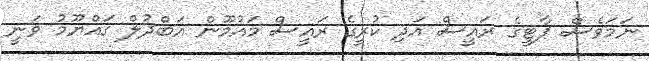
ނަމަވެސް ޕާޓީގެ ރައީސް އަދި ކުރީގެ ރައީސް މައުމޫން އަބްދުލް ގައްޔޫމު ވަނީ